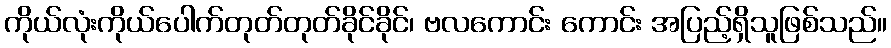
ကိုယ်လုံးကိုယ်ပေါက်တုတ်တုတ်ခိုင်ခိုင်၊ ဗလကောင်း ကောင်း အပြည့်ရှိသူဖြစ်သည်။